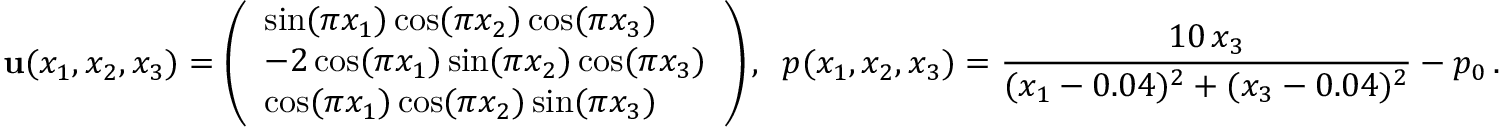
\mathbf { u } ( x _ { 1 } , x _ { 2 } , x _ { 3 } ) = \left( \begin{array} { l } { \sin ( \pi x _ { 1 } ) \cos ( \pi x _ { 2 } ) \cos ( \pi x _ { 3 } ) } \\ { - 2 \cos ( \pi x _ { 1 } ) \sin ( \pi x _ { 2 } ) \cos ( \pi x _ { 3 } ) } \\ { \cos ( \pi x _ { 1 } ) \cos ( \pi x _ { 2 } ) \sin ( \pi x _ { 3 } ) } \end{array} \right) , \, \, \, p ( x _ { 1 } , x _ { 2 } , x _ { 3 } ) = \frac { 1 0 \, x _ { 3 } } { ( x _ { 1 } - 0 . 0 4 ) ^ { 2 } + ( x _ { 3 } - 0 . 0 4 ) ^ { 2 } } - p _ { 0 } \, .